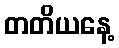
တတိယနေ့